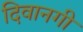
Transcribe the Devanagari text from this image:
दिवानगी